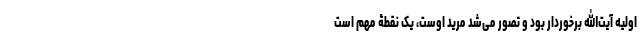
اولیه آیت‌الله برخوردار بود و تصور می‌شد مرید اوست، یک نقطۀ مهم است